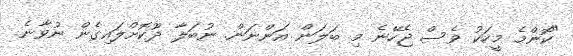
"ކޮންމެ މީހަކު ވެސް ޖެހޭނެ މި ބަލަން އަންނަން. ނުބަލާ ދޫކޮށްލައިގެން ނުވާނެ.